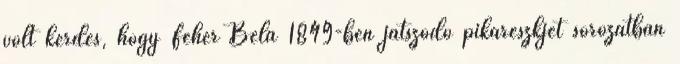
volt kérdés, hogy Fehér Béla 1849-ben játszódó pikareszkjét sorozatban